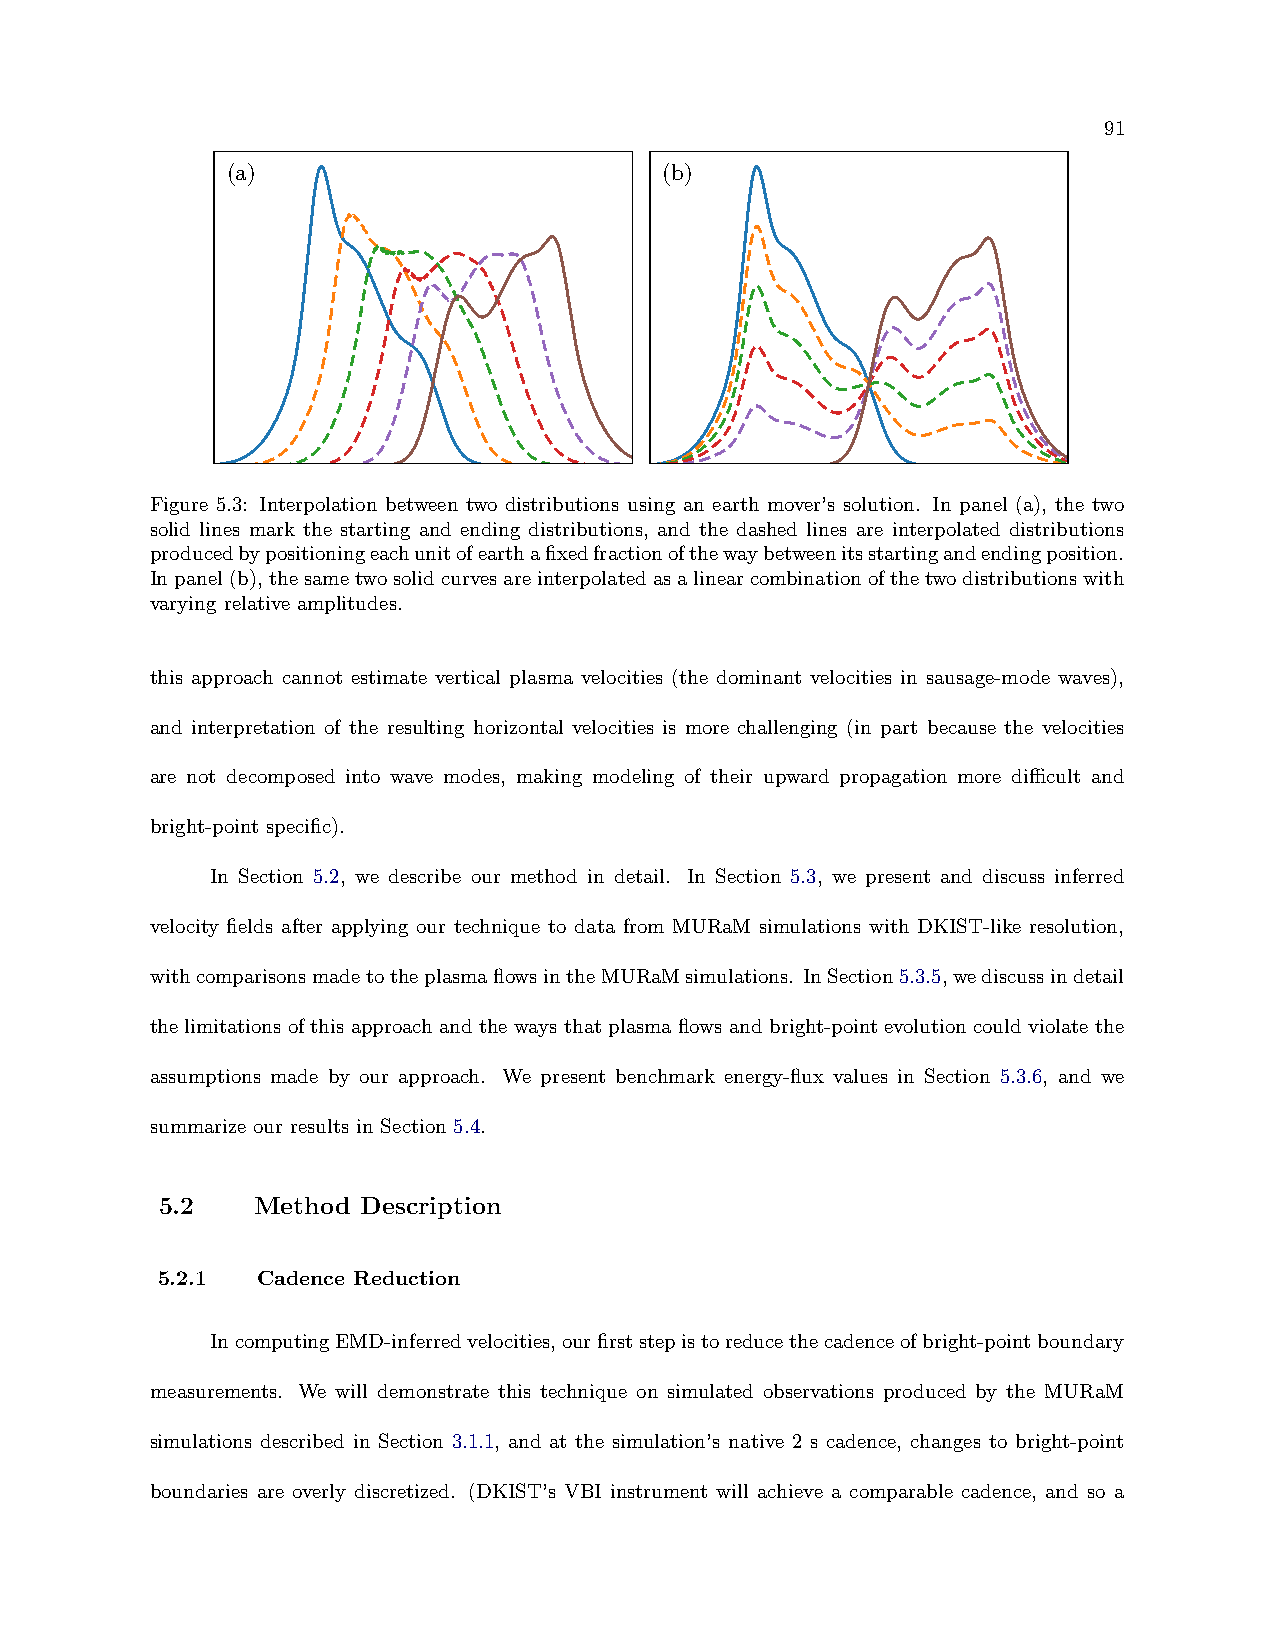
91
 (a)                          (b)
 Figure 5.3: Interpolation between two distributions using an earth mover’s solution. In panel (a), the two
 solid lines mark the starting and ending distributions, and the dashed lines are interpolated distributions
 producedbypositioningeachunitofearthafixedfractionofthewaybetweenitsstartingandendingposition.
 Inpanel(b),thesametwosolidcurvesareinterpolatedasalinearcombinationofthetwodistributionswith
 varying relative amplitudes.
 this approach cannot estimate vertical plasma velocities (the dominant velocities in sausage-mode waves),
 and interpretation of the resulting horizontal velocities is more challenging (in part because the velocities
 are not decomposed into wave modes, making modeling of their upward propagation more difficult and
 bright-point specific).
 In Section 5.2, we describe our method in detail. In Section 5.3, we present and discuss inferred
 velocity fields after applying our technique to data from MURaM simulations with DKIST-like resolution,
 withcomparisonsmadetotheplasmaflowsintheMURaMsimulations. InSection5.3.5,wediscussindetail
 the limitations of this approach and the ways that plasma flows and bright-point evolution could violate the
 assumptions made by our approach. We present benchmark energy-flux values in Section 5.3.6, and we
 summarize our results in Section 5.4.
 5.2   Method Description
 5.2.1  Cadence Reduction
 IncomputingEMD-inferredvelocities,ourfirststepistoreducethecadenceofbright-pointboundary
 measurements. We will demonstrate this technique on simulated observations produced by the MURaM
 simulations described in Section 3.1.1, and at the simulation’s native 2 s cadence, changes to bright-point
 boundaries are overly discretized. (DKIST’s VBI instrument will achieve a comparable cadence, and so a